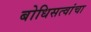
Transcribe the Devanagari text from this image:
बोधिसत्वांचा